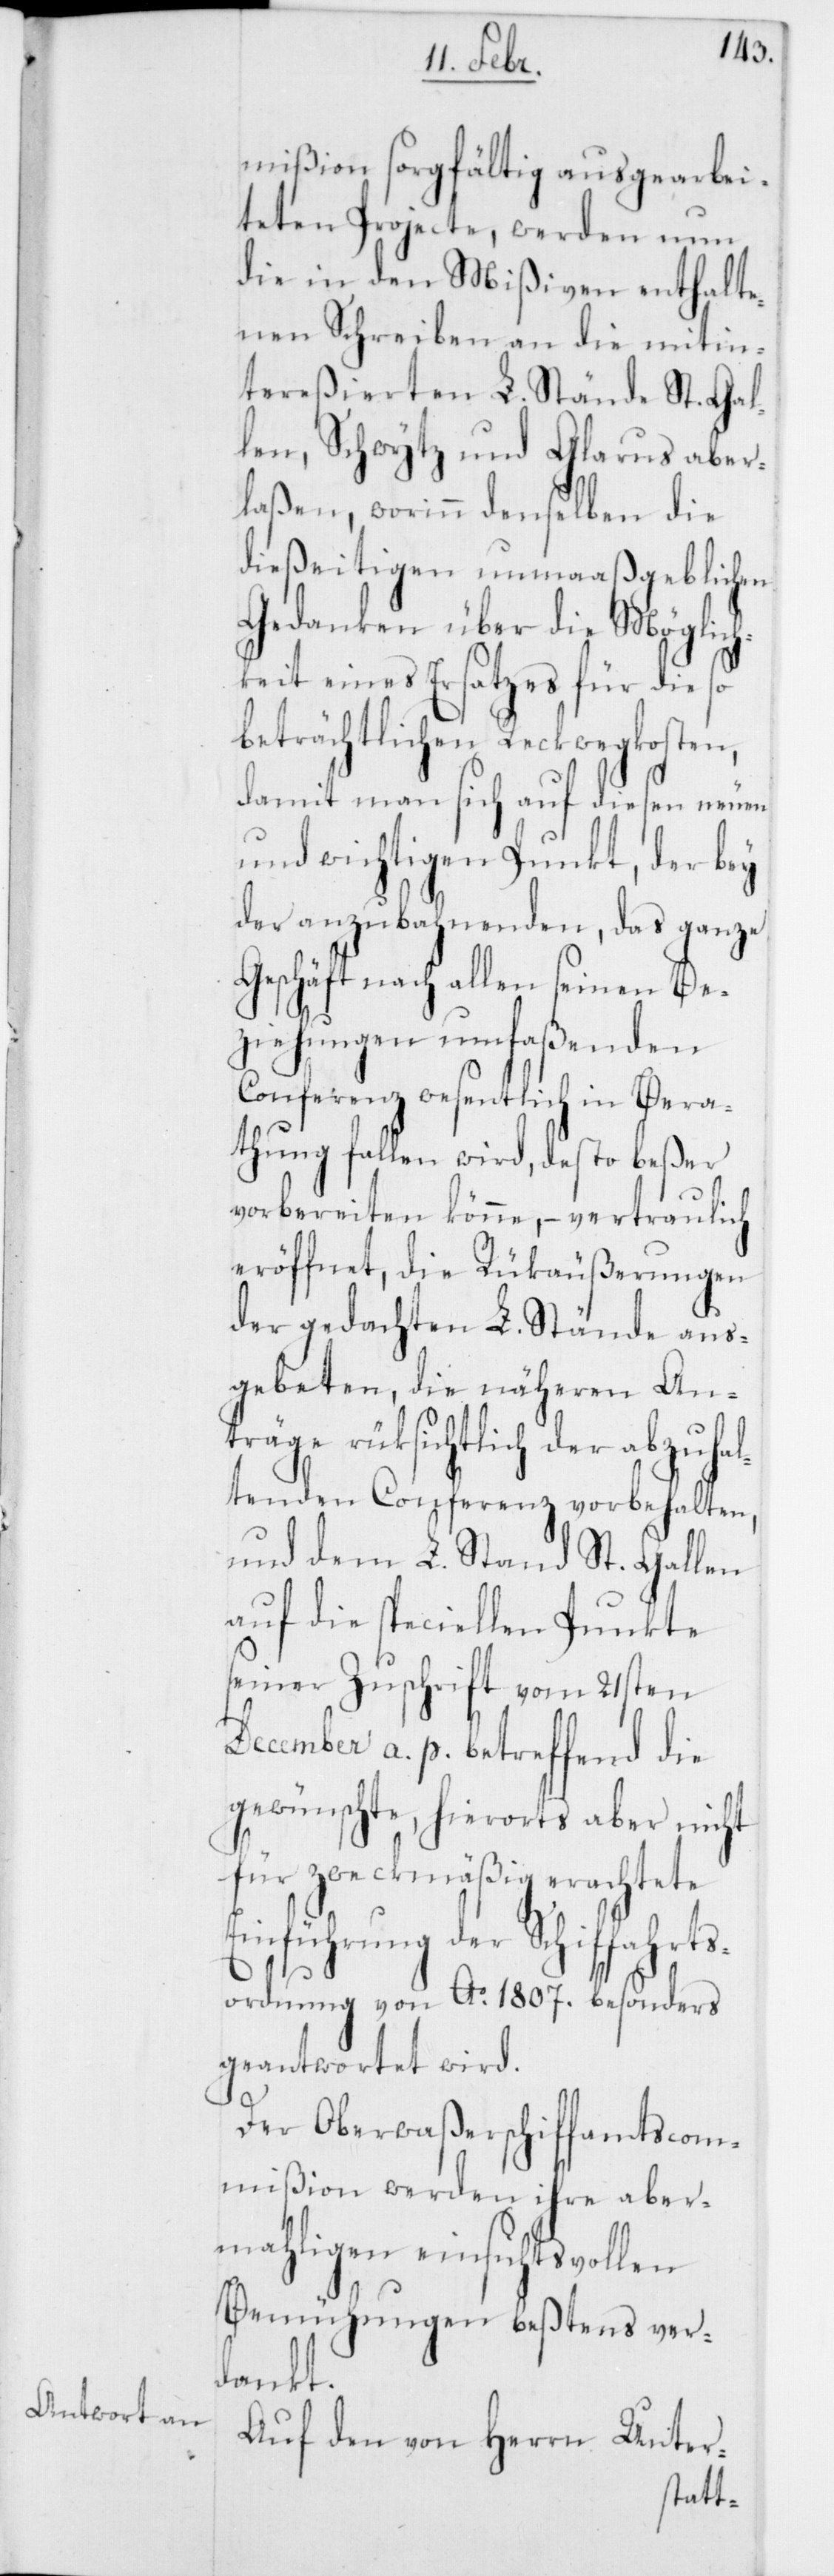
mißion sorgfältig ausgearbei¬
teten Projecte, werden nun
die in den Mißiven enthalte¬
nen Schreiben an die mitin¬
tereßierten L. Stände St. Gal¬
len, Schwytz und Glarus aber¬
laßen, worinn denselben die
dießeitigen unmaaßgeblichen
Gedanken über die Möglich¬
keit eines Ersatzes für die so
beträchtlichen Reckwegkosten,
damit man sich auf diesen neuen
und wichtigen Punkt, der bey
der anzubahnenden, das ganze
Geschäft nach allen seinen Be¬
ziehungen umfaßenden
Conferenz wesentlich in Bera¬
thung fallen wird, desto beßer
vorbereiten könne, – vertraulich
eröffnet, die Rükäußerungen
der gedachten L. Stände aus¬
gebeten, die näheren An¬
träge rüksichtlich der abzuhal¬
tenden Conferenz vorbehalten,
und dem L. Stand St. Gallen
auf die speciellen Punkte
seiner Zuschrift vom 21sten
December a. p. betreffend die
gewünschte, hierorts aber nicht
für zweckmäßig erachtete
Einführung der Schiffahrts¬
ordnung von Ao. 1807. besonders
geantwortet wird.
Der Oberwaßerschiffamtscom¬
mißion werden ihre aber¬
mahligen einsichtsvollen
Bemühungen beßtens ver¬
dankt.
Auf den von Herrn Unter-